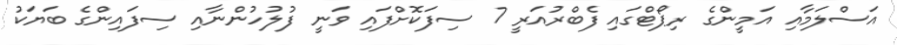
އަސްލަމާއި އަމީންގެ ރިޕޯޓްގައި ފެބްރުއަރީ 7 ސިފަކޮށްފައި ވަނީ ފުލުހުންނާއި ސިފައިންގެ ބަޔަކު